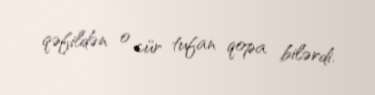
qəfildən o cür tufan qopa bilərdi.